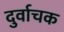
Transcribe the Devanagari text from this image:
दुर्वाचक